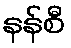
နန်စီ